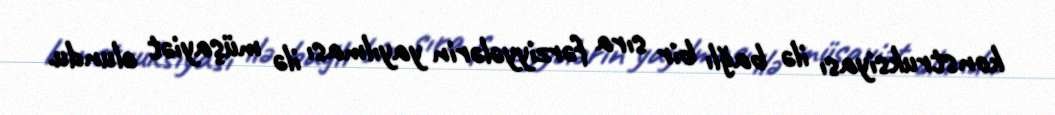
konstruksiyası ilə bağlı bir sıra fərziyyələrin yayılması ilə müşayiət olundu.